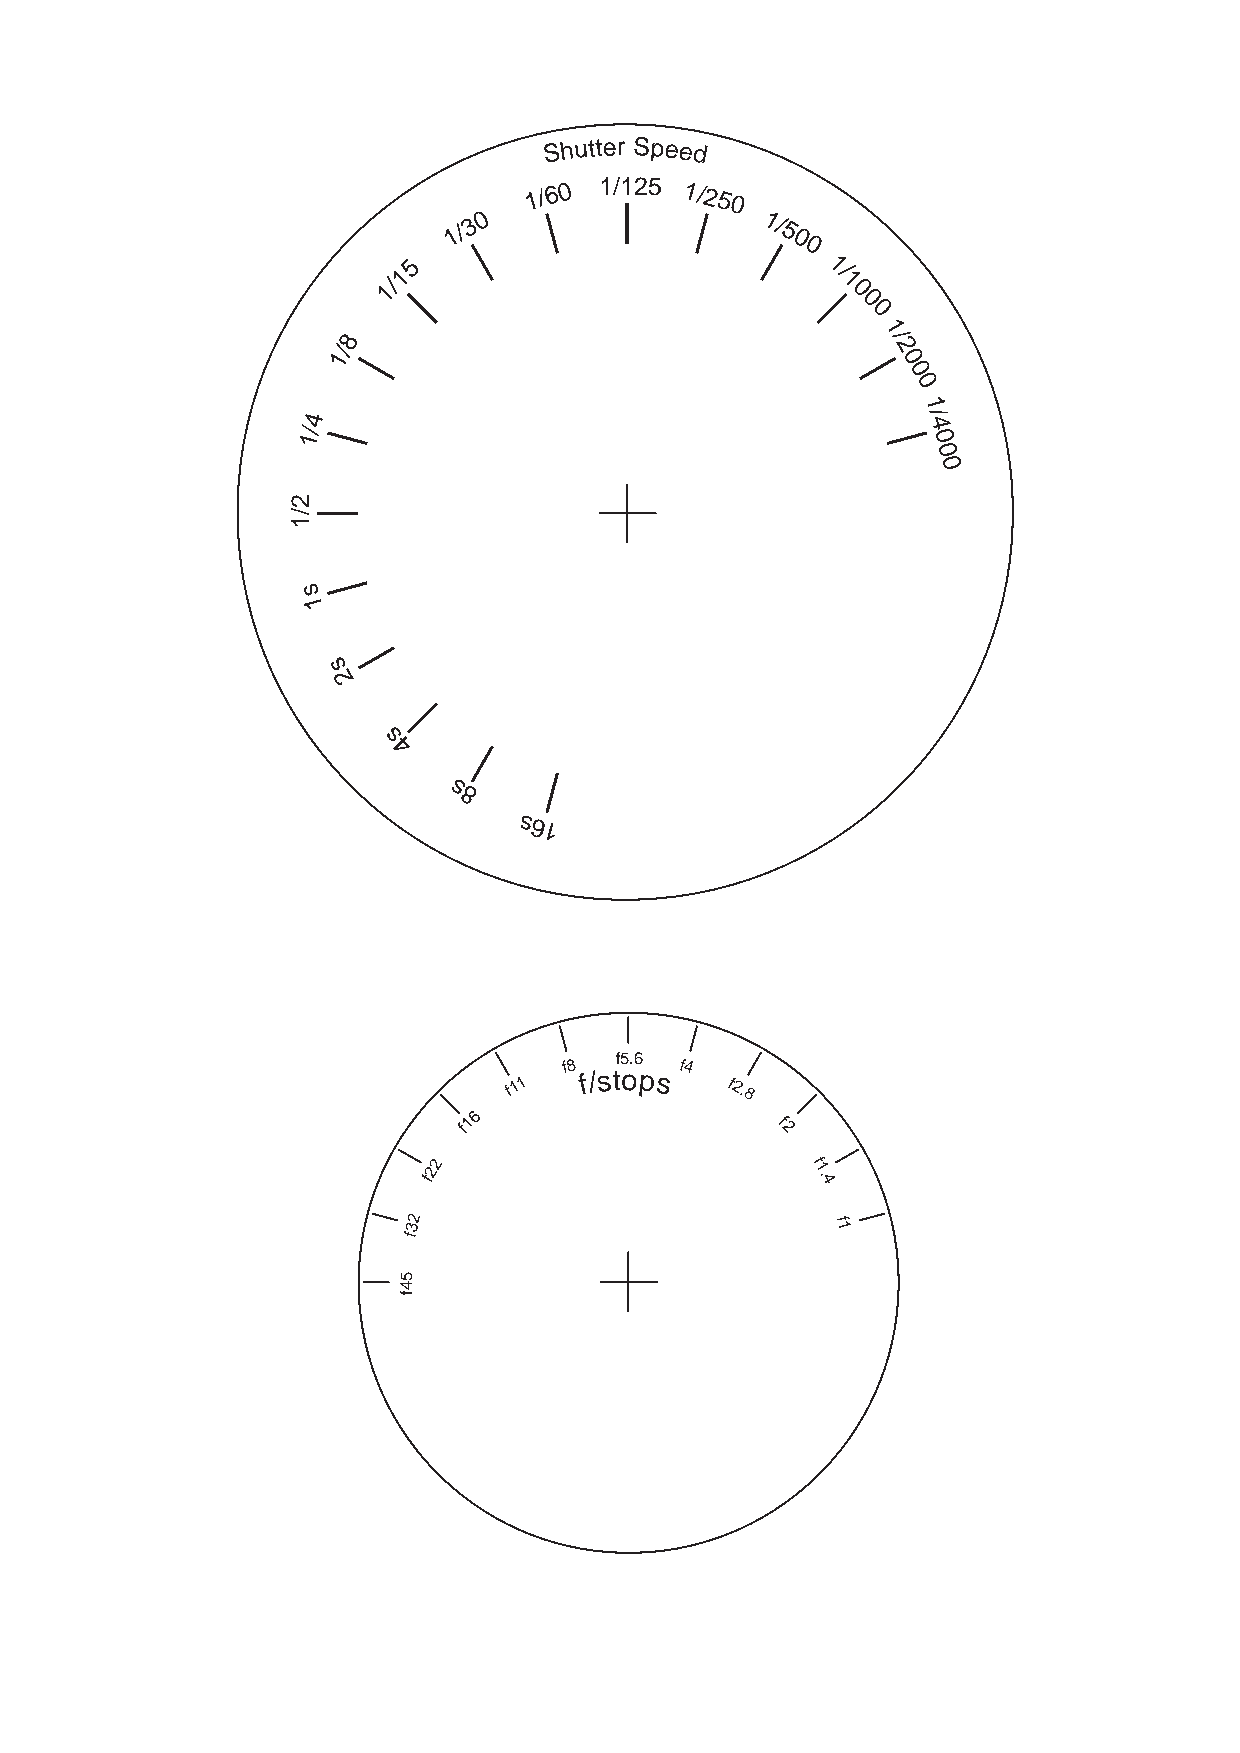
Shutter Speed
 1 / 6 0 1/125 1/250
 0
 1/3                 1/
 5
 0
 0
 15                           1/
 1/                             1
 0
 0
 0
 8                                  1/
 1/                                   2
 0
 0
 0
 1
 4                                        /
 /                                        4
 1                                         0
 0
 0
 s
 1
 s
 2
 s
 4
 s
 8
 s61
 f5.6
 f8      f4
 f1 1
 f/stops
 f2.8
 6
 f1                   f
 2
 f22                       f
 1.
 4
 2
 3                           f1
 f
 2/1
 54f